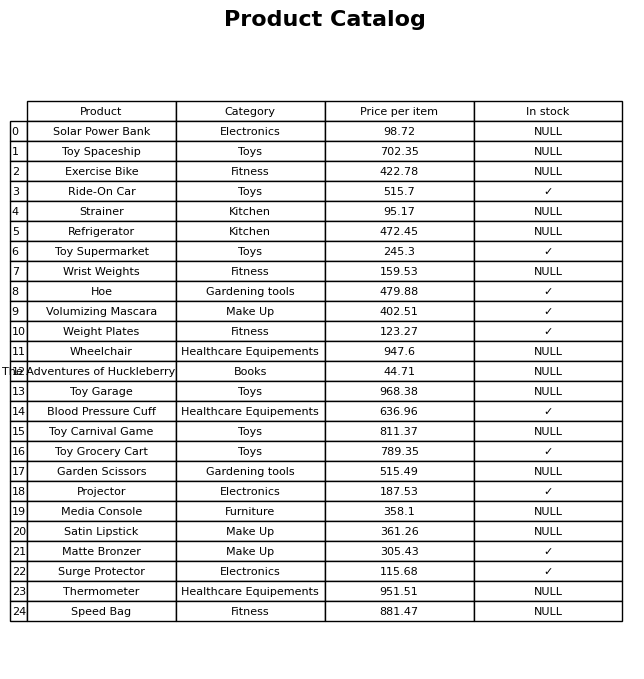
question: What category does the Weight Plates belong to?
answer: Fitness